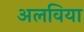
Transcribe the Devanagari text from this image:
अलविया